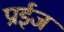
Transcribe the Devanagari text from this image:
प्राईज